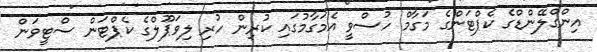
އިންގްލޭންޑްގެ ކެޕްޓަންގެ މަގާމް ހުސްވީ އެމަގާމުގައި ކުރިން ހުރި ލިވަޕޫލްގެ ކެޕްޓަން ސްޓީވަން